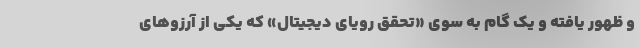
و ظهور یافته و یک گام به سوی «تحقق رویای دیجیتال» که یکی از آرزوهای